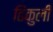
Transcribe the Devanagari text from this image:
ढिंकुली